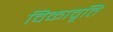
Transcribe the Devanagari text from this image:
विकावृति